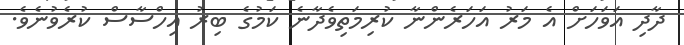
ދާދި އަވަހަށް އެ މަރު އަހަރެންނާ ކުރިމަތިވެދާނެ ކަމުގެ ބިރު އިހްސާސް ކުރެވުނެވެ.